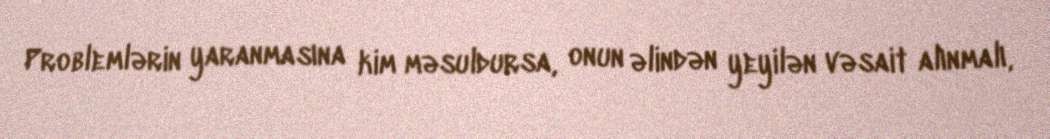
Problemlərin yaranmasına kim məsuldursa, onun əlindən yeyilən vəsait alınmalı,